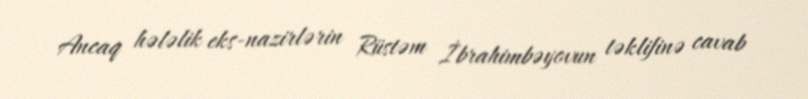
Ancaq hələlik eks-nazirlərin Rüstəm İbrahimbəyovun təklifinə cavab